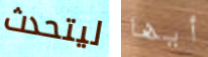
ليتحدث أيها